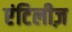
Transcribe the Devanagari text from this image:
एंटिलीज़